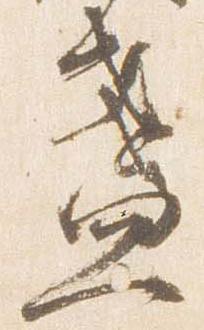
盞